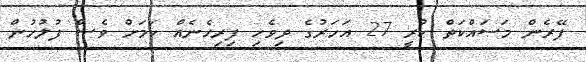
ފޭރެން މަސައްކަތް ކުރީ 27 އަހަރުގެ ދިވެހި ފިރިހެނެއް ކަމަށް ވެސް ފުލުހުން